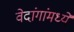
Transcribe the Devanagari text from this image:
वेदांगांमध्ये